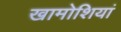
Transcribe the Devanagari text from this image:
खामोशियां